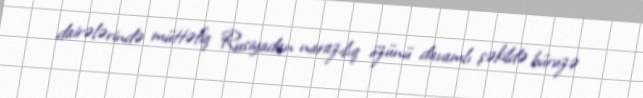
dairələrində müttəfiq Rusiyadan narazılıq özünü davamlı şəkildə büruzə